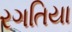
રગતિયા